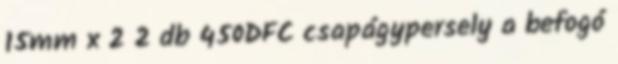
15mm x 2 2 db 450DFC csapágypersely a befogó